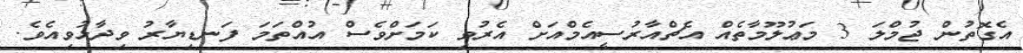
އެގޮތުން ޖުމްލަ 3 މަޢުލޫމާތެއް އެޗްއާރުސީއެމްއަށް އެރުވި ކަމަށްވެސް އުއްތަމަ ފަނޑިޔާރު ވިދާޅުވިއެވެ.